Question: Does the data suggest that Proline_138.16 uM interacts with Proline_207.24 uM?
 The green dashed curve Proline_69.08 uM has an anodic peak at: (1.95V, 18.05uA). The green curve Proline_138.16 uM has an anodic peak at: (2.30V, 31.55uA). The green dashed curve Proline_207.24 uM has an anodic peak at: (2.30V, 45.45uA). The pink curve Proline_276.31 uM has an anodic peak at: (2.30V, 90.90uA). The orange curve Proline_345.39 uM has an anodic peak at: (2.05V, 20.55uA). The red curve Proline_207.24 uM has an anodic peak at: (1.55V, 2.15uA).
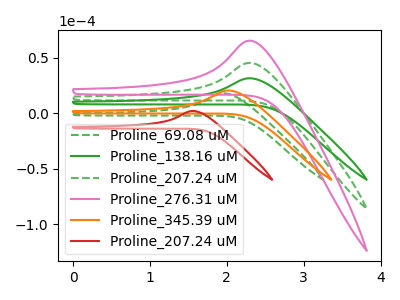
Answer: <think>All the peaks in "Proline_138.16 uM" have a peak in "Proline_207.24 uM" at the same potential. Every peak in "Proline_138.16 uM" is lower than every peak in "Proline_207.24 uM".
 </think>
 <answer>No, "Proline_138.16 uM" and "Proline_207.24 uM" don't appear to be significantly different in shape</answer>
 <eval>no_change</eval>